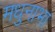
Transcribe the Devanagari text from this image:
मधुनाभा